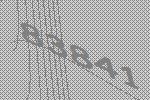
83841